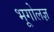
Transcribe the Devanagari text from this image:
भूगोलज्ञ